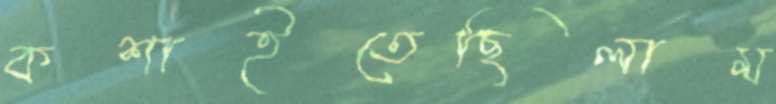
কশাইতেছিলাম